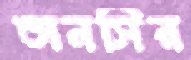
তানসির